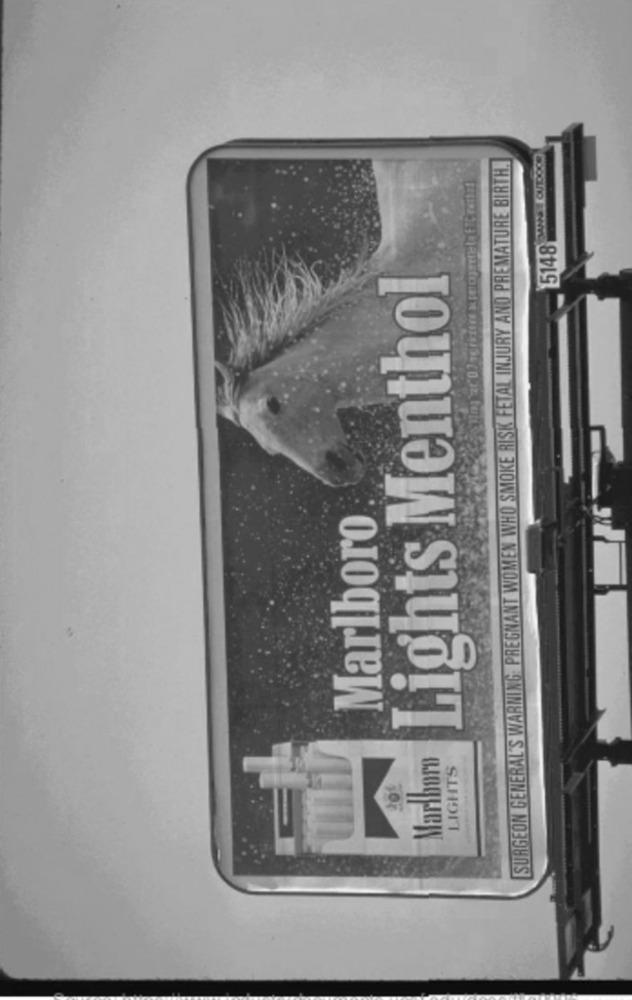
SURGEON GENERAL'S WARNING: PREGNANT WOMEN WHO SMOKE RISK FETAL INJURY AND PREMATURE BIRTH.
5148
Lights Menthol
Marlboro
Marlboro
LIGHTS